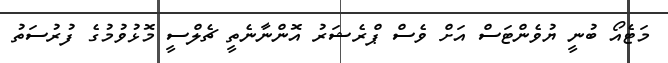
މަޓެއޯ ބުނީ ޔުވެންޓަސް އަށް ވެސް ޕްރެޝަރު އޮންނާނެތީ ޗެލްސީ މޮޅުވުމުގެ ފުރުސަތު